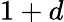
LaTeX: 1+d